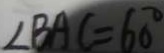
\angle B A C = 6 0 ^ { \circ }